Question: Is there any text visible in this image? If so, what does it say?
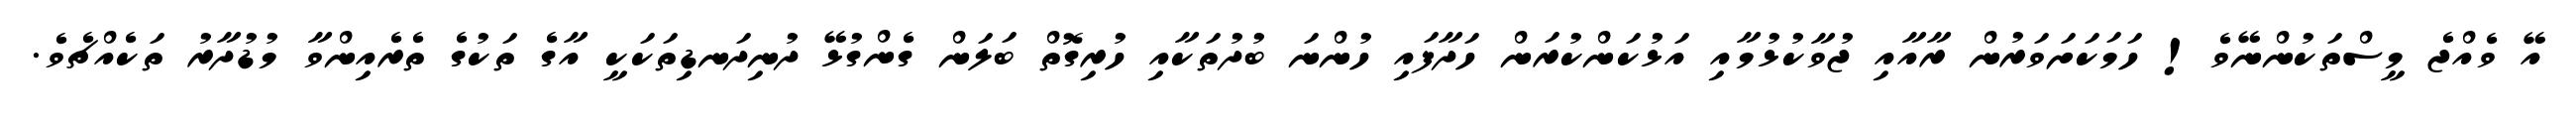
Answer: އޭ ވެއްޖެ މީސްތަކުންނޭވެ! ހަމަކަށަވަރުން ރާއާއި ޖުވާކުޅުމާއި އަޅުކަންކުރަން ހަދާފައި ހުންނަ ބުދުތަކާއި ހުރިގޮތް ބަލަން ގެންގުޅޭ ދުނިދަނޑިތަކަކީ އާގެ ތަކުގެ ތެރެއިންވާ މުޑުދާރު ތަކެއްޗެވެ.